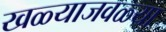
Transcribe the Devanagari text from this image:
खळ्याजवळ्या